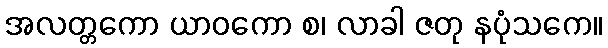
အလတ္တကော ယာဝကော စ၊ လာခါ ဇတု နပုံသကေ။